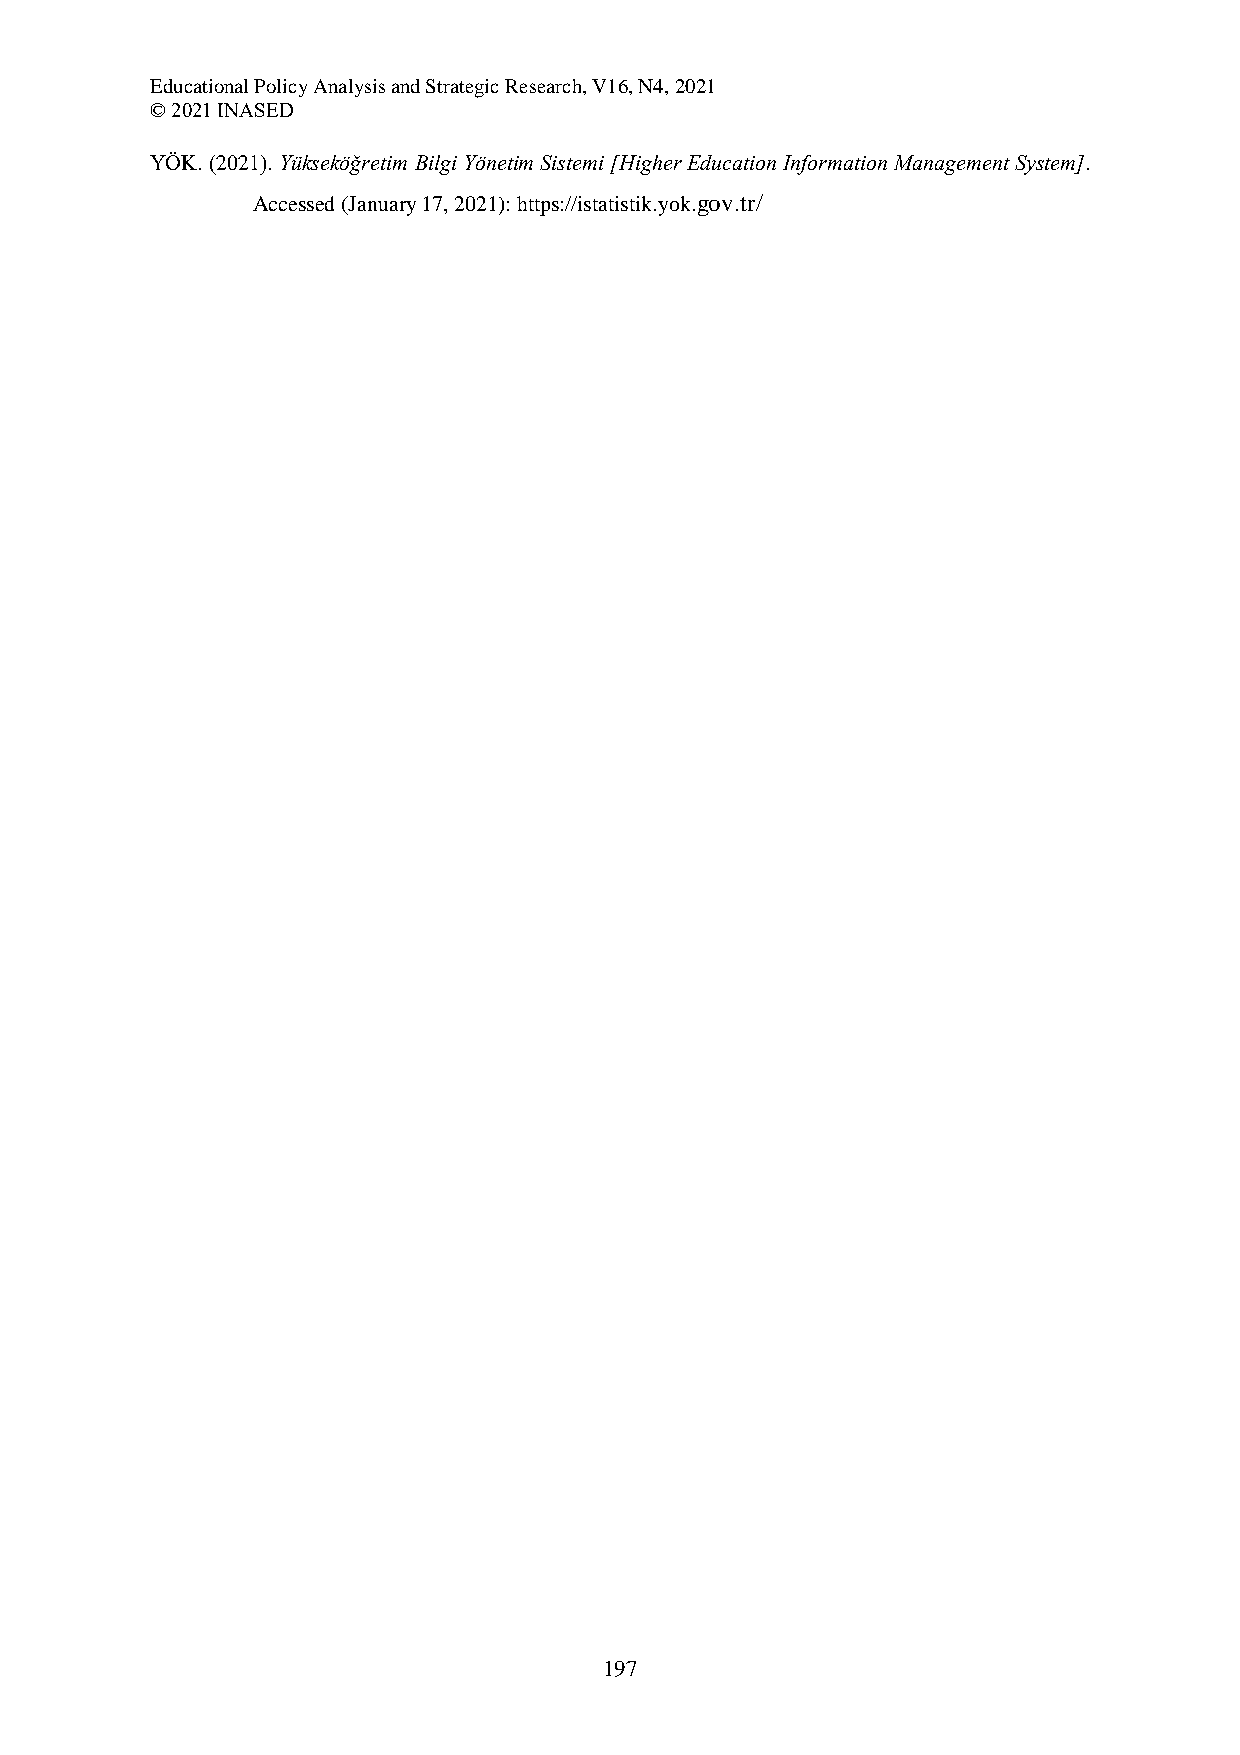
Educational Policy Analysis and Strategic Research, V16, N4, 2021
 © 2021 INASED
 YÖK. (2021). Yükseköğretim Bilgi Yönetim Sistemi [Higher Education Information Management System].
 Accessed (January 17, 2021): https://istatistik.yok.gov.tr/
 197